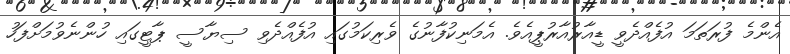
އެންމެ ފުރަތަމަ އުފެއްދެވީ ޑީއާރުއާރުޕީއެވެ. އެމަނިކުފާނުގެ ވެރިކަމުގައި އުފެއްދެވި ސިޔާސީ ޕާޓީގައި ހުންނެވުމަށްފަހު